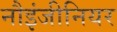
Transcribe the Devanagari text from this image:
नौइंजीनियर